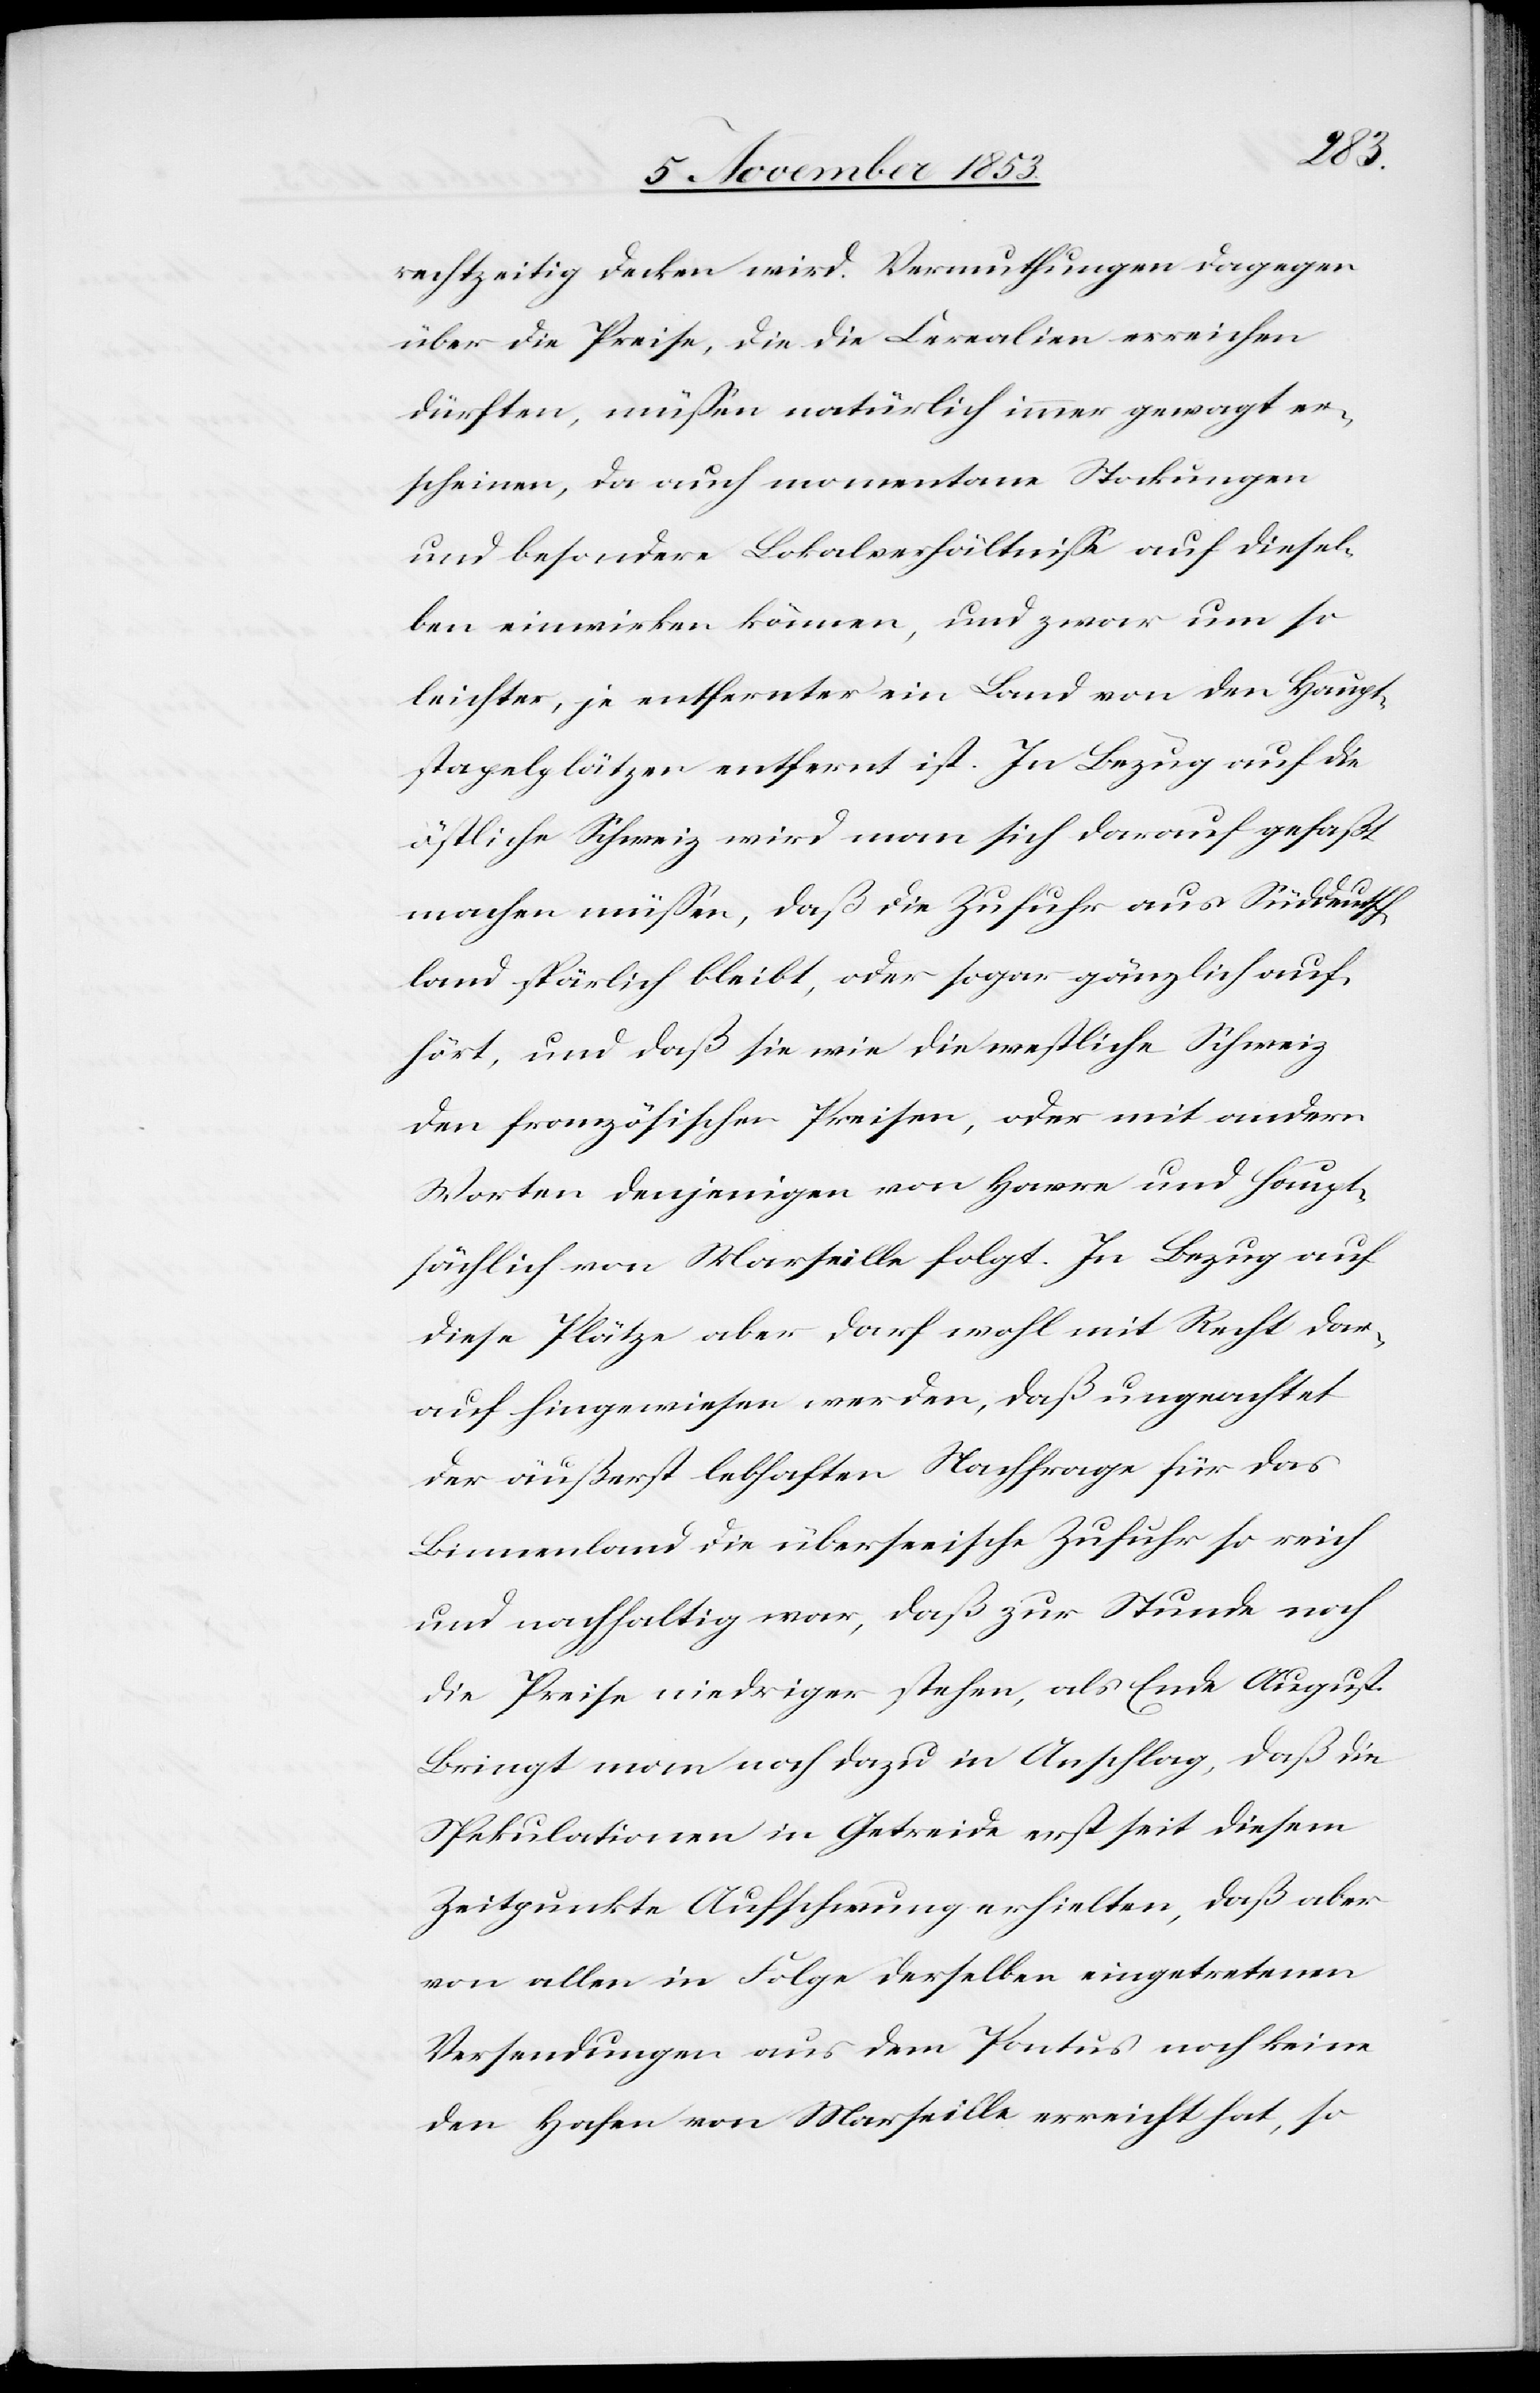
rechtzeitig decken wird. Vermuthungen dagegen
über die Preise, die die Cerealien erreichen
dürften, müßen natürlich immer gewagt er¬
scheinen, da auch momentane Stockungen
und besondere Lokalverhältniße auf diesel¬
ben einwirken können, und zwar um so
leichter, je entfernter ein Land von den Haupt¬
stapelplätzen entfernt ist. In Bezug auf die
östliche Schweiz wird man sich darauf gefaßt
machen müßen, daß die Zufuhr aus Süddeutsch¬
land spärlich bleibt, oder sogar gänzlich auf¬
hört, und daß sie wie die westliche Schweiz
den französischen Preisen, oder mit andern
Worten denjenigen von Havre und haupt¬
sächlich von Marseille folgt. In Bezug auf
diese Plätze aber darf wohl mit Recht dar¬
auf hingewiesen werden, daß ungeachtet
der äußerst lebhaften Nachfrage für das
Binnenland die überseeische Zufuhr so reich
und nachhaltig war, daß zur Stunde noch
die Preise niedriger stehen, als Ende August.
Bringt man noch dazu in Anschlag, daß die
Spekulationen in Getreide erst seit diesem
Zeitpunkte Aufschwung erhielten, daß aber
von allen in Folge derselben eingetretenen
Versendungen aus dem Pontus noch keine
den Hafen von Marseille erreicht hat, so